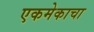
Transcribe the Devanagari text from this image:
एकमेकाचा